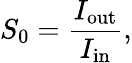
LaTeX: S_{0}=\frac{I_{\mathrm{{out}}}}{I_{\mathrm{{in}}}},